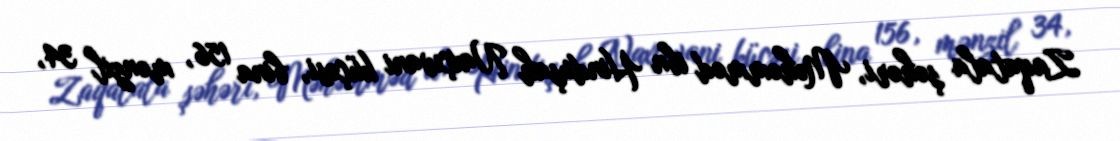
Zaqatala şəhəri, Məhəmməd ibn Hinduşah Naxçıvani küçəsi, bina 156, mənzil 34,